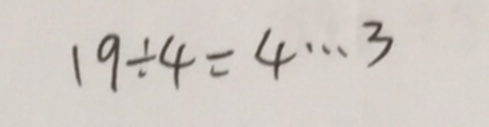
1 9 \div 4 = 4 \cdots 3